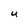
Character: U